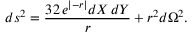
d s ^ { 2 } = { \frac { 3 2 \, e ^ { \vert - r \vert } d X \, d Y } { r } } + r ^ { 2 } d \Omega ^ { 2 } .